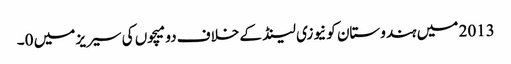
2013 میں ہندوستان کو نیوزی لینڈ کے خلاف دو میچوں کی سیریز میں 0۔